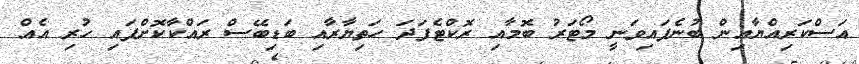
އަސްކަރިއްޔާއިން ބުނެފައިވަނީ މޯޓަރު ބޮމާއި ރޮކްޓެފަދަ ހަތިޔާރާއި ބަޑިބޭސް ރައްކާކޮށްފައި ހުރި އެއް